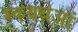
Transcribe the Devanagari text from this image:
स्कयथेआं